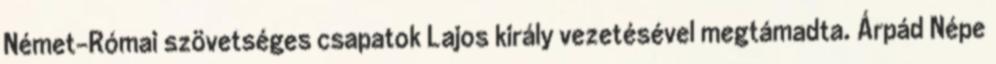
Német-Római szövetséges csapatok Lajos király vezetésével megtámadta. Árpád Népe